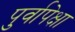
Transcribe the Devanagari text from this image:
पुर्वापेक्षा